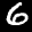
Label: 6